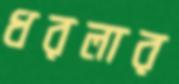
ধরলার